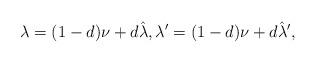
LaTeX: \begin{align*} \lambda=(1-d)\nu+d\hat\lambda,\lambda'=(1-d)\nu+d\hat\lambda',\end{align*}